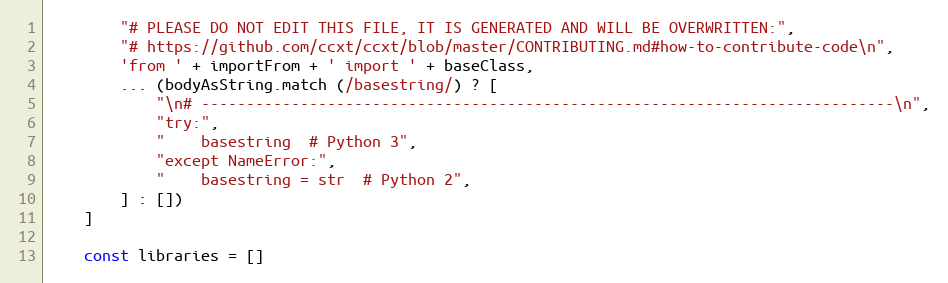
Language: JavaScript
        "# PLEASE DO NOT EDIT THIS FILE, IT IS GENERATED AND WILL BE OVERWRITTEN:",
        "# https://github.com/ccxt/ccxt/blob/master/CONTRIBUTING.md#how-to-contribute-code\n",
        'from ' + importFrom + ' import ' + baseClass,
        ... (bodyAsString.match (/basestring/) ? [
            "\n# -----------------------------------------------------------------------------\n",
            "try:",
            "    basestring  # Python 3",
            "except NameError:",
            "    basestring = str  # Python 2",
        ] : [])
    ]

    const libraries = []